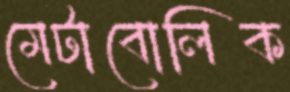
মেটাবোলিক